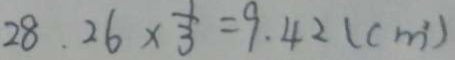
2 8 . 2 6 \times \frac { 1 } { 3 } = 9 . 4 2 ( c m ^ { 2 } )